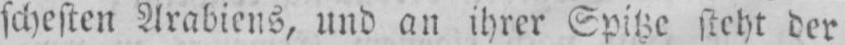
schesten Arabiens, und an ihrer Spitze steht der